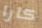
كارا